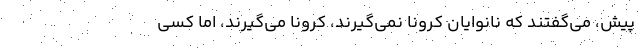
پيش، مي‌گفتند كه نانوايان كرونا نمي‌گيرند، كرونا مي‌گيرند، اما كسي